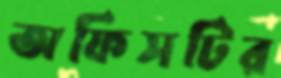
অফিসটির